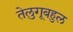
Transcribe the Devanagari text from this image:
तेलुगूबहुल